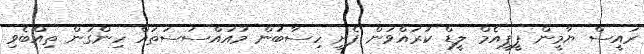
ރައީސް ޔާމީން ޕީޕީއެމް ލީޑް ކުރައްވަން ފެށި ހިސާބުން މުއައްސަސަތައް ހިންގަން ތިއްބެވި